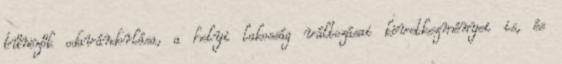
bűnözők odavándorlása, a helyi lakosság változásai következményei is, és